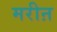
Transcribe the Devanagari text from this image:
मरीऩ